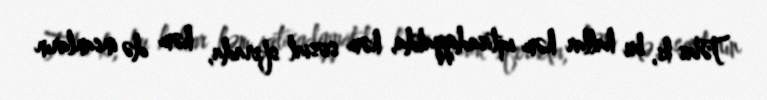
Təbii ki, bu hallar həm iqtisadiyyatda, həm sosial sferada, həm də insanların